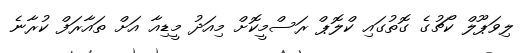
ލިވަޕޫލް ކޯޗުގެ ގޮތުގައި ކްލޮޕް ރަސްމީކޮށް މިއަދު މީޑިއާ އަށް ތައާރަފް ކުރާނެ